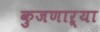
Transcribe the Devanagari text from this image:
कुजणाऱ्या